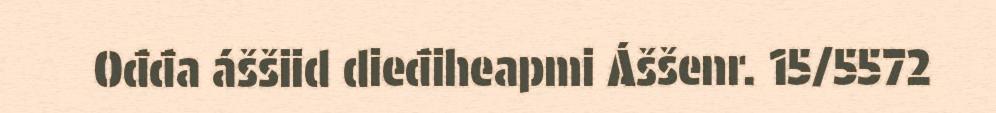
Ođđa áššiid dieđiheapmi Áššenr. 15/5572